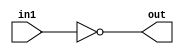
/*
    CS/ECE 552 Spring '22
    Homework #1, Problem 2

    1 input NOT
*/
module not1 (out, in1);
    output out;
    input in1;
    assign out = ~in1;
endmodule